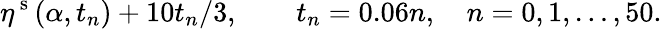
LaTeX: \eta^{\mathrm{~s~}}(\alpha,t_{n})+10t_{n}/3,\qquad t_{n}=0.06n,\quad n=0,1,\ldots,50.